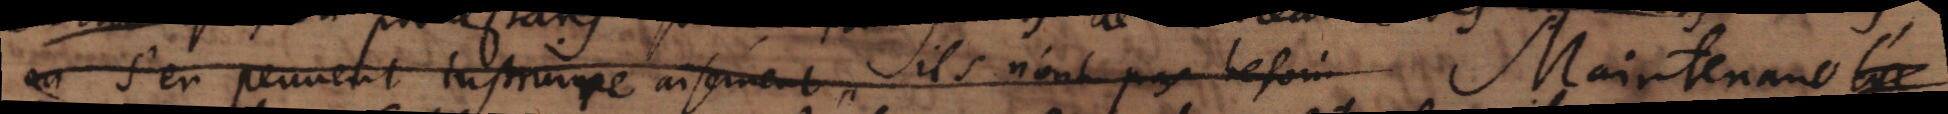
ou s’en peuuent instruire aisément, ils n’ont pas besoin Maintenant